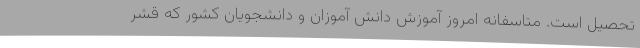
تحصیل است. متاسفانه امروز آموزش دانش آموزان و دانشجویان کشور که قشر